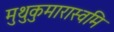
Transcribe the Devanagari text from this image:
मुथुकुमारास्वमि